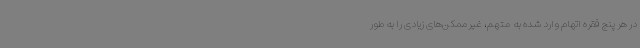
در هر پنج فقره اتهام وارد شده به متهم، غیرممکن‌های زیادی را به طور